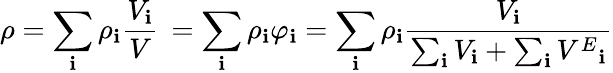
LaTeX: \rho=\sum_{\mathbf{i}}\rho_{\mathbf{i}}{\frac{{V_{\mathbf{i}}}}{{V}}}\, =\sum_{\mathbf{i}}\rho_{\mathbf{i}}\varphi_{\mathbf{i}}=\sum_{\mathbf{i}}\rho_{\mathbf{i}}{\frac{{V_{\mathbf{i}}}}{{\sum_{\mathbf{i}}V_{\mathbf{i}}+\sum_{\mathbf{i}}{V^{E}}_{\mathbf{i}}}}}